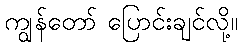
ကျွန်တော် ပြောင်းချင်လို့။